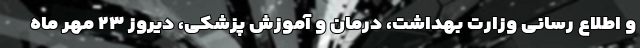
و اطلاع رسانی وزارت بهداشت، درمان و آموزش پزشکی، دیروز ۲۳ مهر ماه